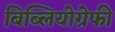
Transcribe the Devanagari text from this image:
बिब्लियोग्रेफी